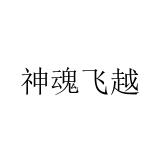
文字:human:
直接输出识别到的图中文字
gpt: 神魂飞越